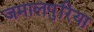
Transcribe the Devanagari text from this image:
जमालपुरिया